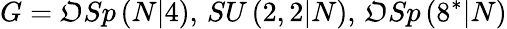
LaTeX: G=\mathfrak{O}Sp\left(N|4\right),\, SU\left(2,2|N\right),\, \mathfrak{O}Sp\left(8^{\ast}|N\right)